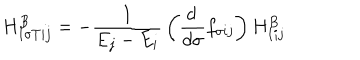
H _ { I \sigma T i j } ^ { B } = - { \frac { 1 } { E _ { j } - E _ { i } } } \left( { \frac { d \, } { d \sigma } } f _ { \sigma i j } \right) H _ { I i j } ^ { B }